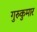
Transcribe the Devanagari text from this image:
गुरुकुमार